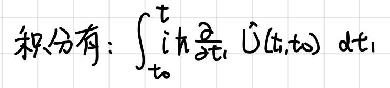
积分有: \(\int_{t_0}^{t} i \hbar \frac{\partial}{\partial t_1} \hat{U}(t,t_0) \mathrm{d}t_1\)